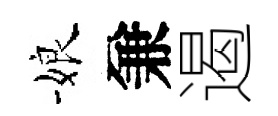
娘兼遏